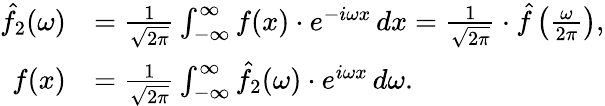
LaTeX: {\begin{array}{rl}{{\hat{f_{2}}}(\omega)}&{={\frac{1}{\sqrt{2\pi}}}\int_{-\infty}^{\infty}f(x)\cdot e^{-i\omega x}\, dx={\frac{1}{\sqrt{2\pi}}}\cdot{\hat{f}}\left({\frac{\omega}{2\pi}}\right),}\\ {f(x)}&{={\frac{1}{\sqrt{2\pi}}}\int_{-\infty}^{\infty}{\hat{f_{2}}}(\omega)\cdot e^{i\omega x}\, d\omega.}\end{array}}